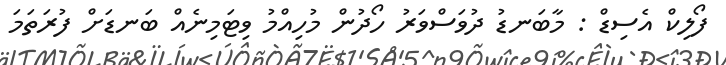
ފޯލިކް އެސިޑް : މާބަނޑު ދުވަސްވަރު ހޯދުން މުހިއްމު ވިޓަމިނެއް ބަނޑަށް ފުރަތަމަ